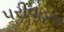
પરીવહન